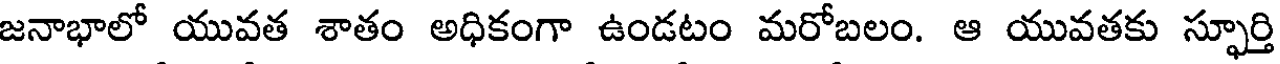
జనాభాలో యువత శాతం అధికంగా ఉండటం మరోబలం. ఆ యువతకు స్ఫూర్తి